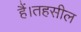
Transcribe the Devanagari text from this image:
हैं।तहसील